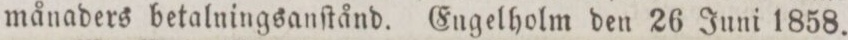
månaders betalningsanſtånd. Engelholm den 26 Juni 1858.